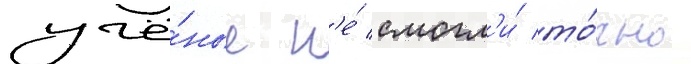
учё́ные н'е́ смогл'и́ то́чно